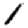
Digit: 1